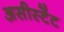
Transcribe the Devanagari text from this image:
असीस्टेंट